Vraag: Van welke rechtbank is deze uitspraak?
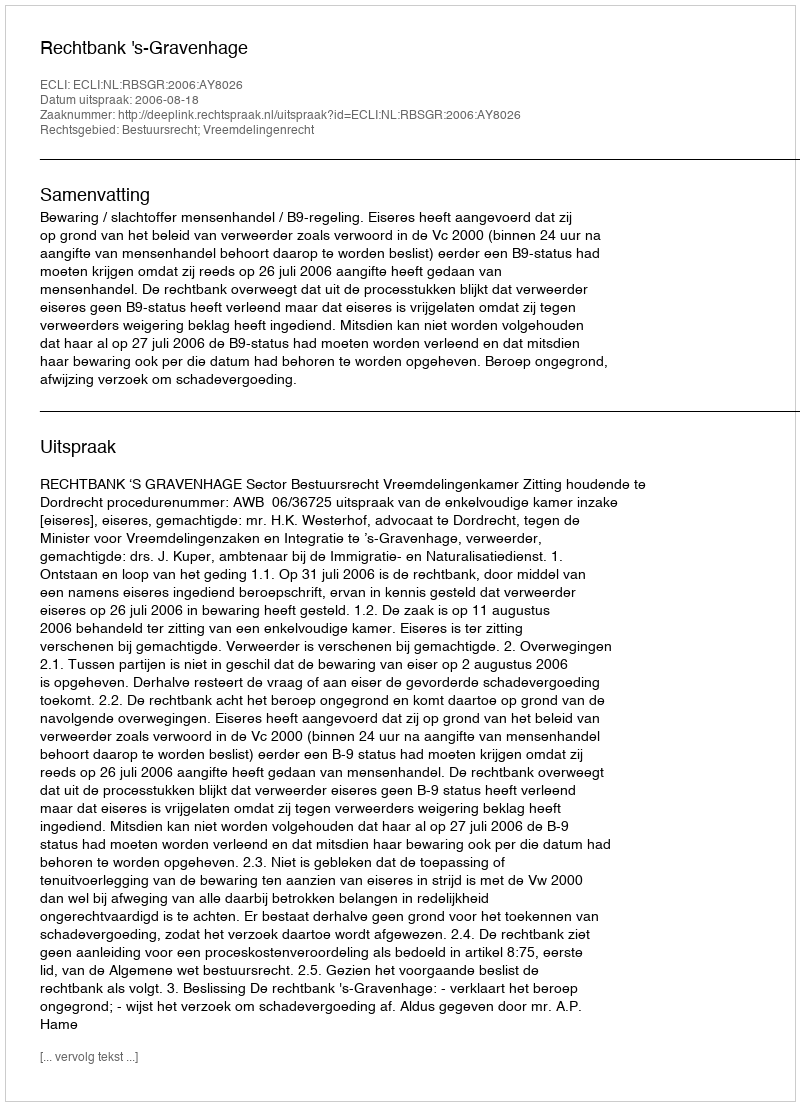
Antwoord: Rechtbank 's-Gravenhage